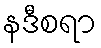
နဒီစရာ